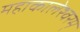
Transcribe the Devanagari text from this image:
महाकालेश्वरम्